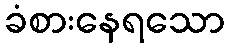
ခံစားနေရသော